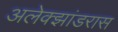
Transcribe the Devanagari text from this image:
अलेक्झांडरास